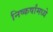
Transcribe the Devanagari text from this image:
निष्कर्षांमध्ये